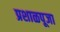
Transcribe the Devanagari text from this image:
प्रशाळपूजा